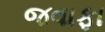
જવાફા